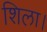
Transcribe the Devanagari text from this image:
शिला।